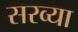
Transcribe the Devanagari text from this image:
सरव्या